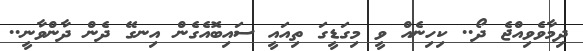
ދިމާވެވިއްޖެ ދޯ.. ކިހިނެއް ވީ މިގަޑީގަ ތިއައީ ސައިބޮއެގެން އިނގޭ ދެން ދާންވާނީ..